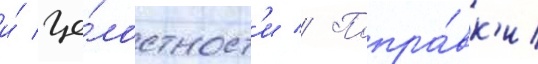
и́ це́лостност'и // Попра́вк'и